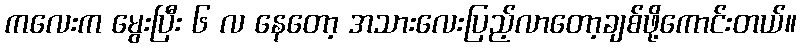
ကလေးက မွေးပြီး ၆ လ နေတော့ အသားလေးပြည့်လာတော့ချစ်ဖို့ကောင်းတယ်။